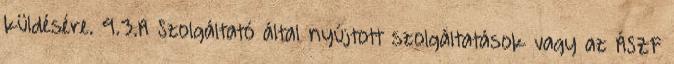
küldésére. 9.3.A Szolgáltató által nyújtott szolgáltatások vagy az ÁSZF